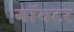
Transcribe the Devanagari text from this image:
गॉयटर